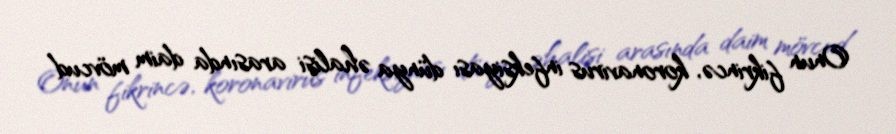
Onun fikrincə, koronavirus infeksiyası dünya əhalisi arasında daim mövcud